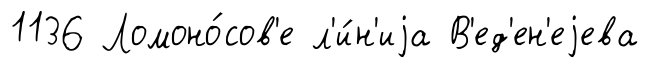
1136 Ломоно́сов'е л'и́н'иjа В'ед'ен'еjева